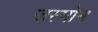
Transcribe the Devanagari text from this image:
जस्मोन